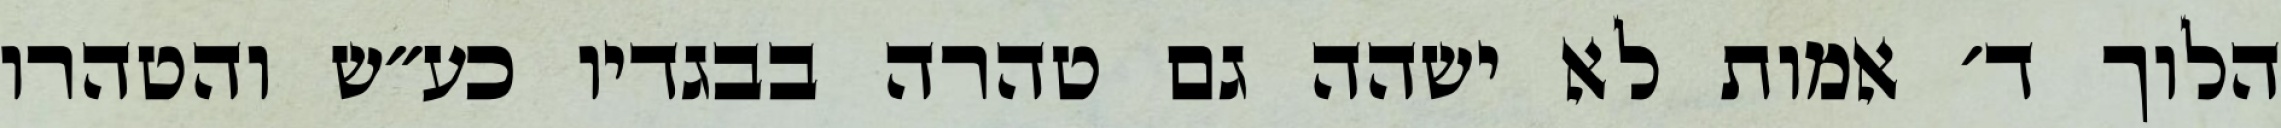
הלוך ד׳ אמות לא ישהה גם טהרה בבגדיו כע״ש והטהרו